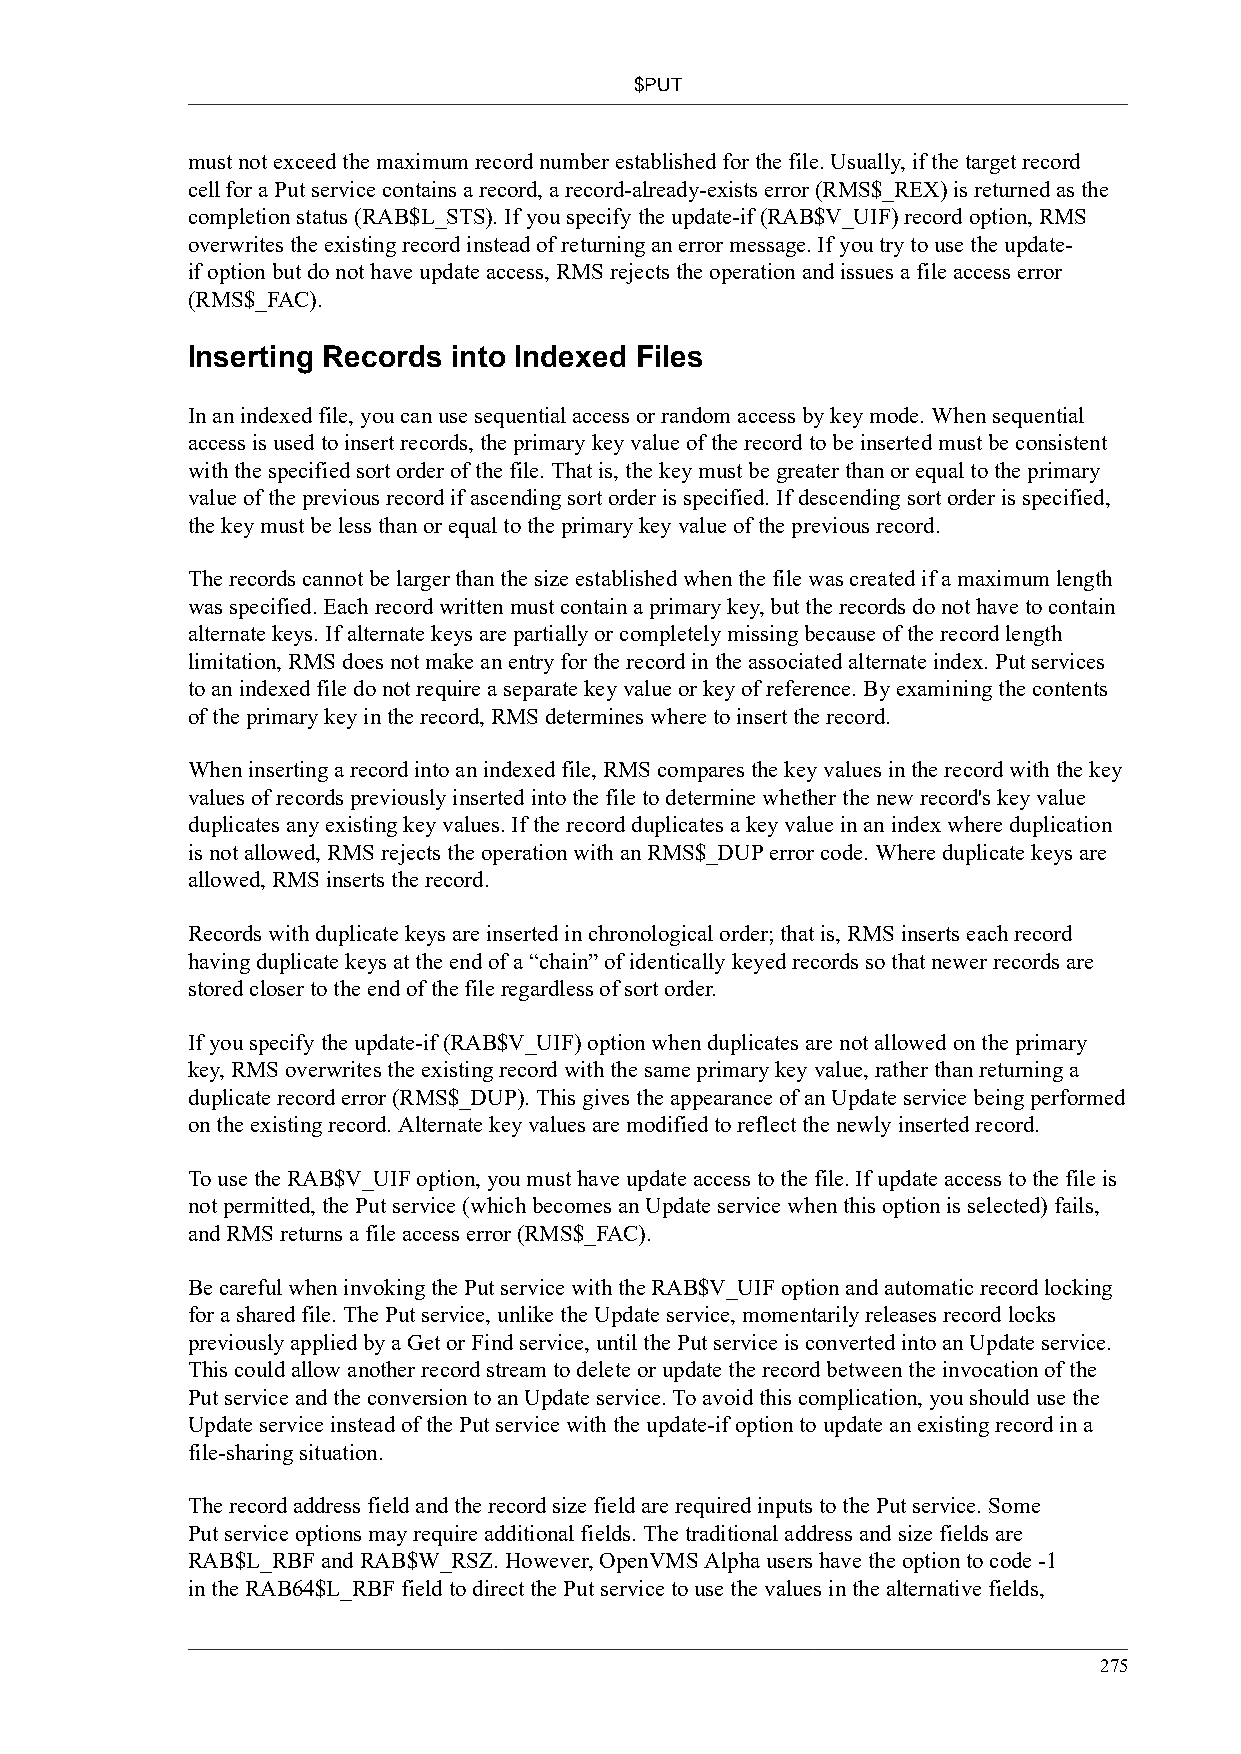
$PUT
 must not exceed the maximum record number established for the file. Usually, if the target record
 cell for a Put service contains a record, a record-already-exists error (RMS$_REX) is returned as the
 completion status (RAB$L_STS). If you specify the update-if (RAB$V_UIF) record option, RMS
 overwrites the existing record instead of returning an error message. If you try to use the update-
 if option but do not have update access, RMS rejects the operation and issues a file access error
 (RMS$_FAC).
 Inserting Records into Indexed Files
 In an indexed file, you can use sequential access or random access by key mode. When sequential
 access is used to insert records, the primary key value of the record to be inserted must be consistent
 with the specified sort order of the file. That is, the key must be greater than or equal to the primary
 value of the previous record if ascending sort order is specified. If descending sort order is specified,
 the key must be less than or equal to the primary key value of the previous record.
 The records cannot be larger than the size established when the file was created if a maximum length
 was specified. Each record written must contain a primary key, but the records do not have to contain
 alternate keys. If alternate keys are partially or completely missing because of the record length
 limitation, RMS does not make an entry for the record in the associated alternate index. Put services
 to an indexed file do not require a separate key value or key of reference. By examining the contents
 of the primary key in the record, RMS determines where to insert the record.
 When inserting a record into an indexed file, RMS compares the key values in the record with the key
 values of records previously inserted into the file to determine whether the new record's key value
 duplicates any existing key values. If the record duplicates a key value in an index where duplication
 is not allowed, RMS rejects the operation with an RMS$_DUP error code. Where duplicate keys are
 allowed, RMS inserts the record.
 Records with duplicate keys are inserted in chronological order; that is, RMS inserts each record
 having duplicate keys at the end of a “chain” of identically keyed records so that newer records are
 stored closer to the end of the file regardless of sort order.
 If you specify the update-if (RAB$V_UIF) option when duplicates are not allowed on the primary
 key, RMS overwrites the existing record with the same primary key value, rather than returning a
 duplicate record error (RMS$_DUP). This gives the appearance of an Update service being performed
 on the existing record. Alternate key values are modified to reflect the newly inserted record.
 To use the RAB$V_UIF option, you must have update access to the file. If update access to the file is
 not permitted, the Put service (which becomes an Update service when this option is selected) fails,
 and RMS returns a file access error (RMS$_FAC).
 Be careful when invoking the Put service with the RAB$V_UIF option and automatic record locking
 for a shared file. The Put service, unlike the Update service, momentarily releases record locks
 previously applied by a Get or Find service, until the Put service is converted into an Update service.
 This could allow another record stream to delete or update the record between the invocation of the
 Put service and the conversion to an Update service. To avoid this complication, you should use the
 Update service instead of the Put service with the update-if option to update an existing record in a
 file-sharing situation.
 The record address field and the record size field are required inputs to the Put service. Some
 Put service options may require additional fields. The traditional address and size fields are
 RAB$L_RBF and RAB$W_RSZ. However, OpenVMS Alpha users have the option to code -1
 in the RAB64$L_RBF field to direct the Put service to use the values in the alternative fields,
 275